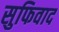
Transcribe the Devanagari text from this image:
सुफिवाद